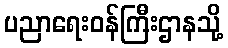
ပညာရေးဝန်ကြီးဌာနသို့